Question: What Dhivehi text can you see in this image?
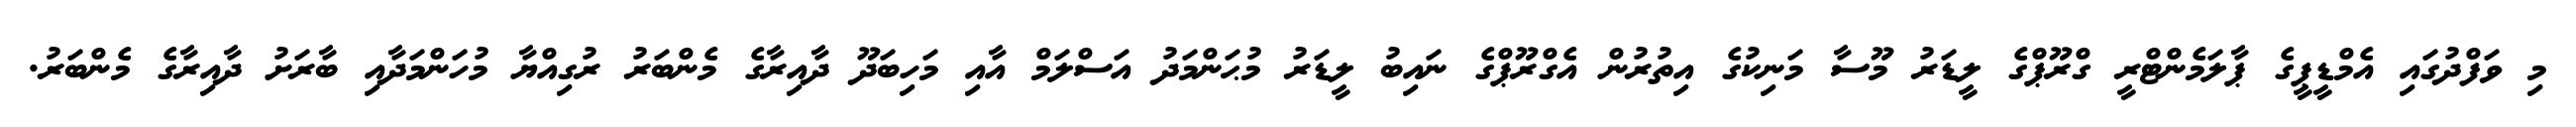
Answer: މި ވަފްދުގައި އެމްޑީޕީގެ ޕާލަމެންޓްރީ ގްރޫޕްގެ ލީޑަރު މޫސާ މަނިކުގެ އިތުރުން އެގްރޫޕްގެ ނައިބު ލީޑަރު މުޙަންމަދު އަސްލަމް އާއި މަހިބަދޫ ދާއިރާގެ މެންބަރު ރުގިއްޔާ މުހަންމަދާއި ބާރަށު ދާއިރާގެ މެންބަރު.